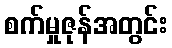
စက်မှုဇုန်အတွင်း